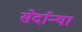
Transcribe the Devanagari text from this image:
सेर्दान्या